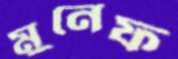
মুনেফ